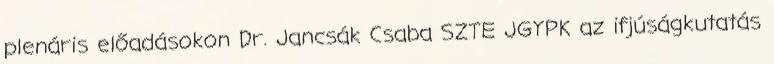
plenáris előadásokon Dr. Jancsák Csaba SZTE JGYPK az ifjúságkutatás